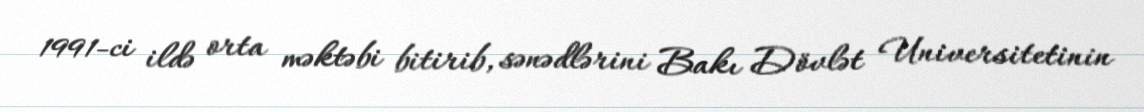
1991-ci ildə orta məktəbi bitirib, sənədlərini Bakı Dövlət Universitetinin